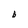
Character: b